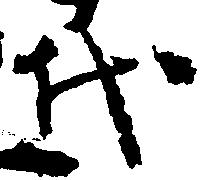
代